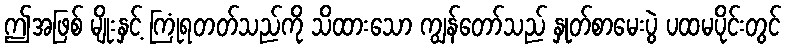
ဤအဖြစ် မျိုးနှင့် ကြုံရတတ်သည်ကို သိထားသော ကျွန်တော်သည် နှုတ်စာမေးပွဲ ပထမပိုင်းတွင်